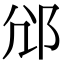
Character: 𨚂